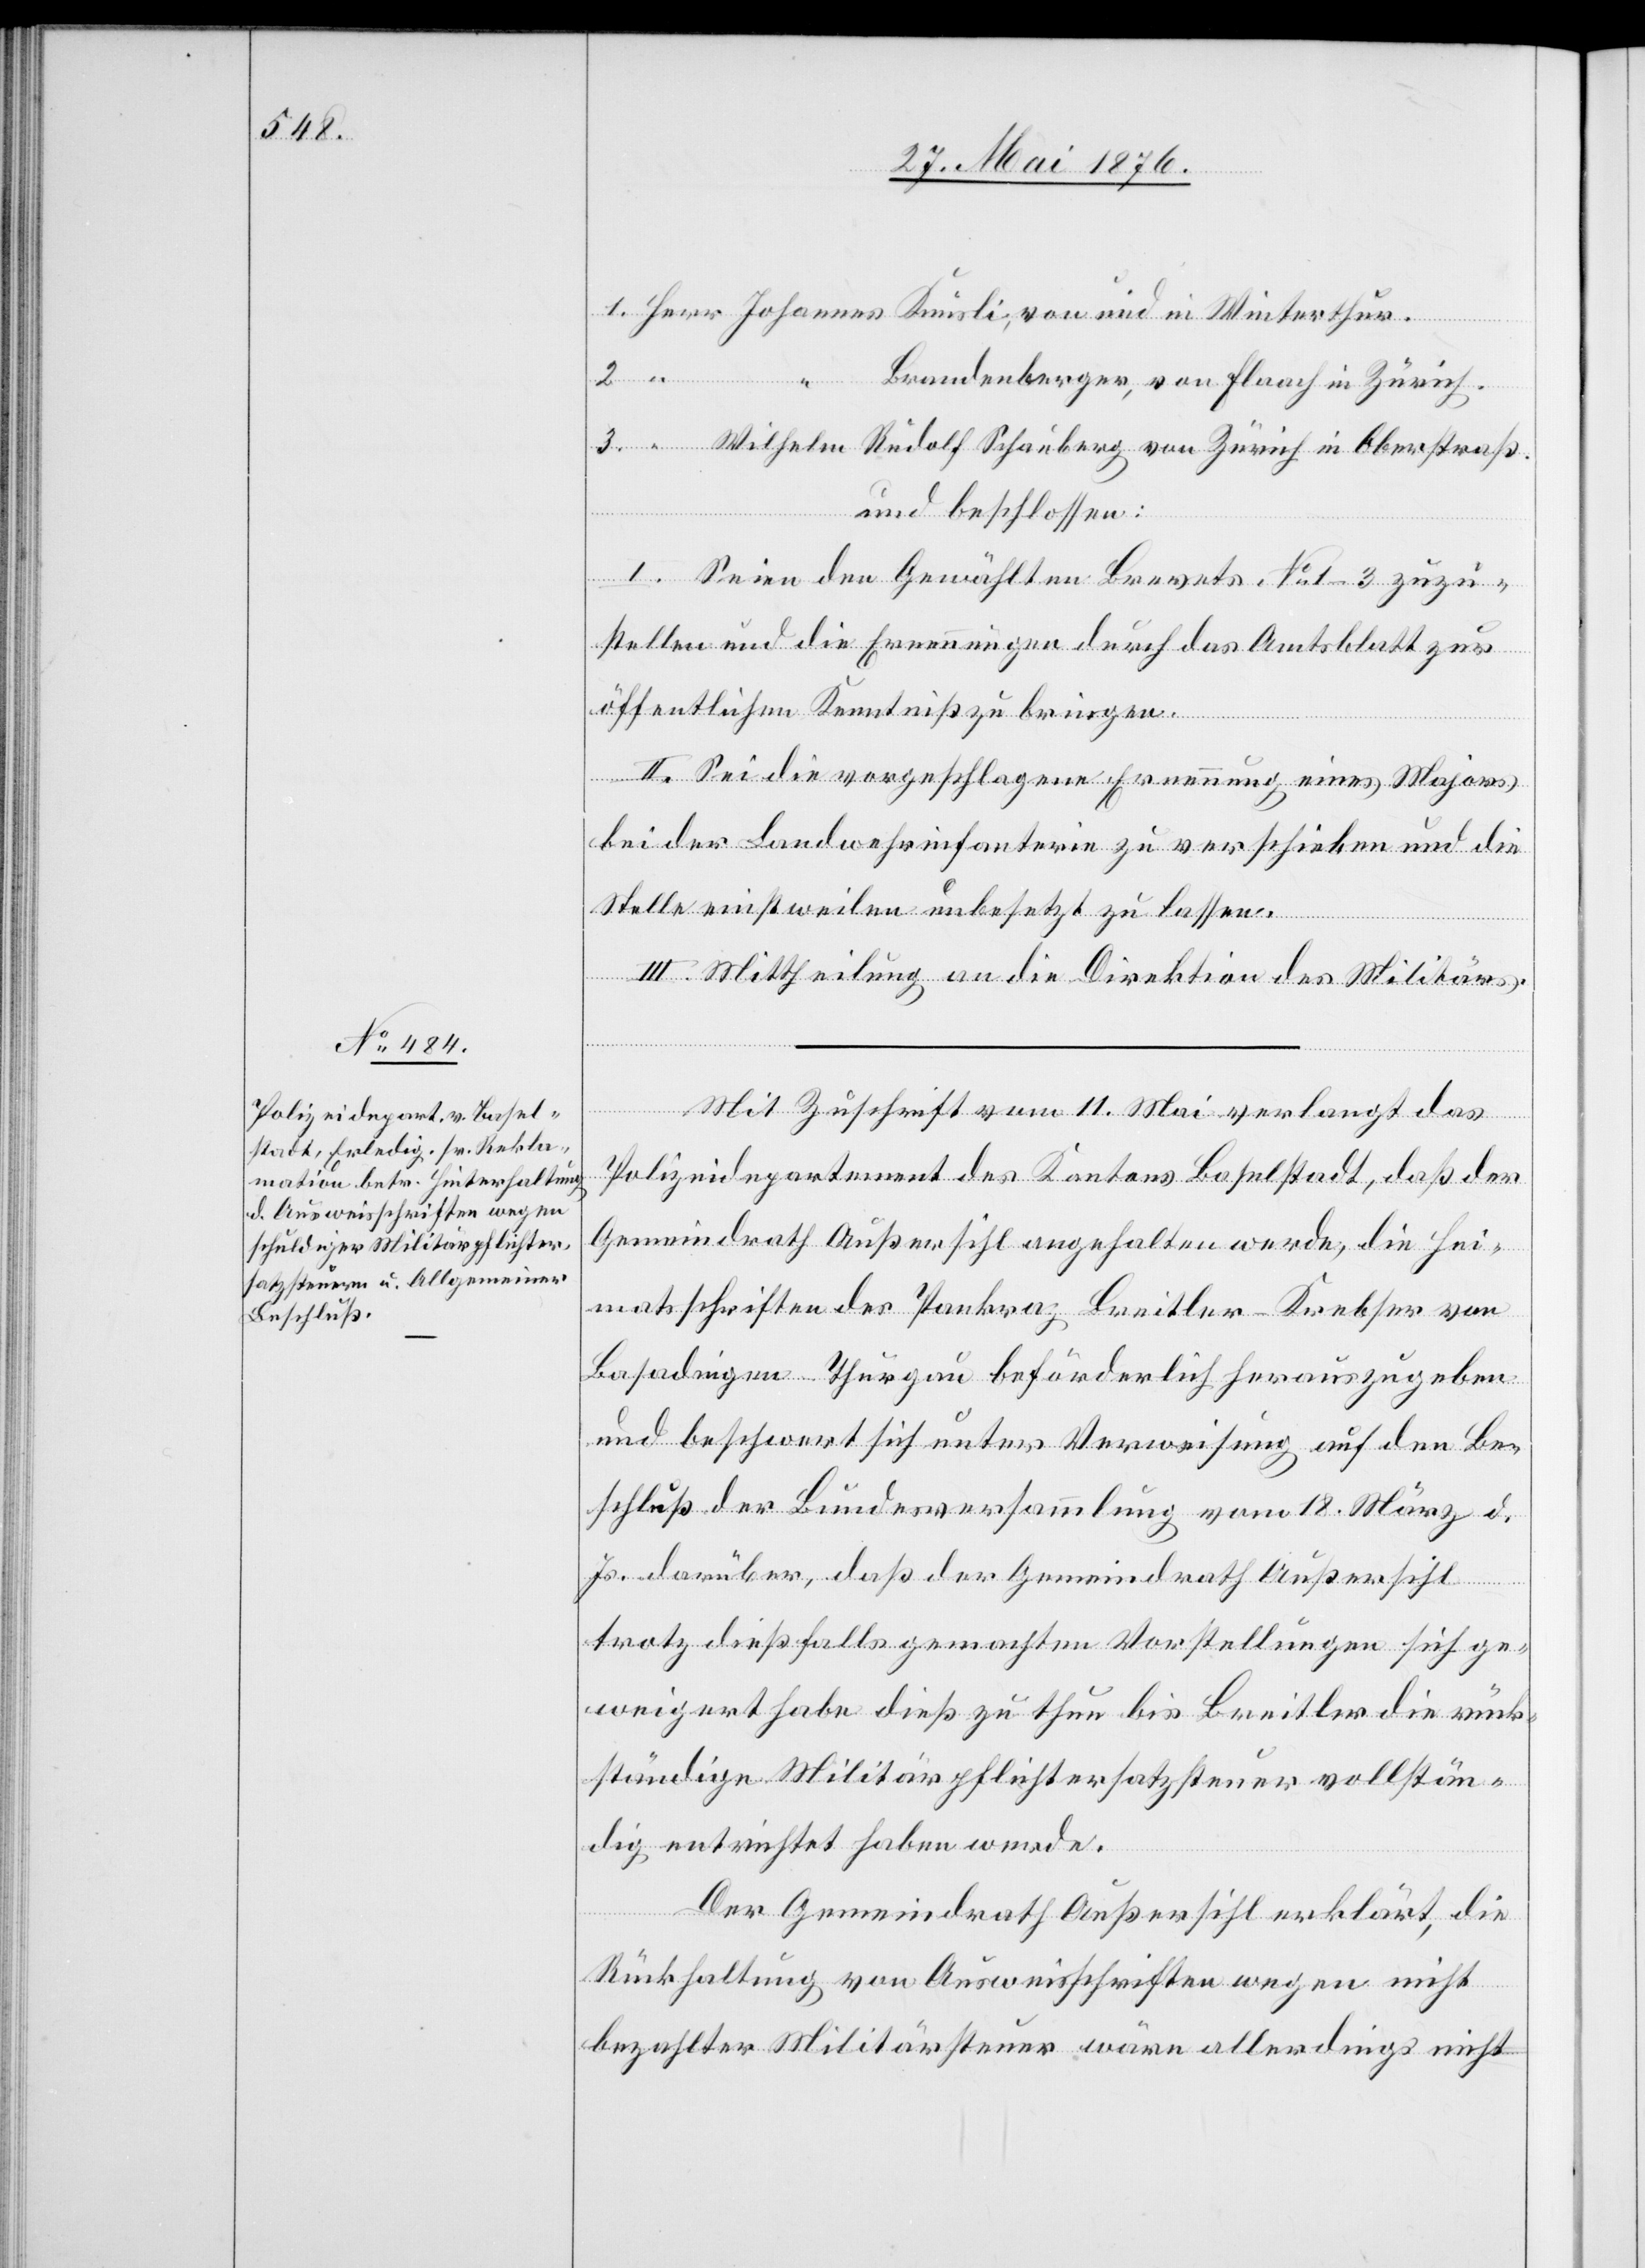
und beschlossen:
I. Seien die Gewählten Brevets No 1–3 zuzu¬
stellen und die Ernennungen durch das Amtsblatt zur
öffentlichen Kenntniß zu bringen.
II. Sei die vorgeschlagene Ernennung eines Majors
bei der Landwehr Infanterie zu verschieben und die
Stelle einstweilen unbesetzt zu lassen.
und
III. Mittheilung an die Direktion des Militärs.
Mit Zuschrift vom 11. Mai verlangt das
Polizeidepartement des Kantons Baselstadt, daß der
Gemeindrath Außersihl angehalten werde, die Hei¬
matsschriften des Pankraz Breitler-Kebser von
Basadingen - Thurgau beförderlich herauszugeben
und beschwert sich unter Verweigerung auf den Be¬
schluß der Bundesversammlung vom 18. März d.
js. darüber, daß der Gemeindrath Außersihl
trotz dießfalls gemachten Vorstellungen sich ge¬
weigert habe dieß zu thun bis Breitler die rück¬
ständige Militärpflichtersatzsteuer vollstän¬
dig entrichtet haben werde.
in
Der Gemeindrath Außersihl erklärt, die
Rückhaltung von Ausweisschriften wegen nicht
bezahlter Militärsteuern wäre allerdings nicht